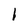
Character: I